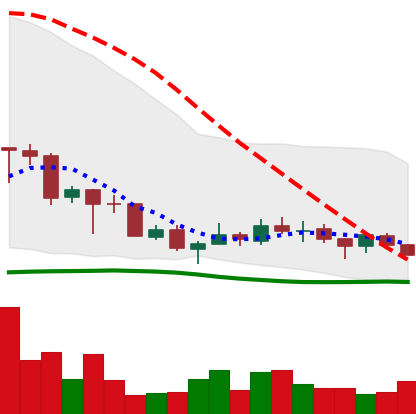
Ticker: TRX-USD
Chart end date: 2018-07-09
Forward return: -6.618%
Label: down_5_7